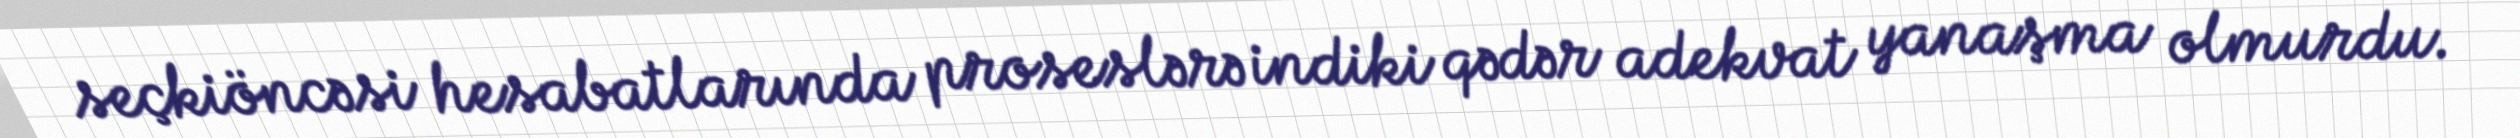
seçkiöncəsi hesabatlarında proseslərə indiki qədər adekvat yanaşma olmurdu.